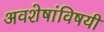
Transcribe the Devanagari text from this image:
अवशेषांविषयी